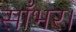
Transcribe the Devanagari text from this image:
साँभर।